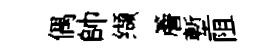
偶帥缬簷塹阻